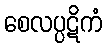
စေလပ္ပဋိကံ